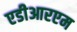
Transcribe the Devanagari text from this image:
एडीआरएम